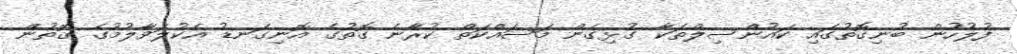
ފުލުހުން ބުނިގޮތުގައި ކައުންސިލްތަކާ ގުޅިގެން މަސައްކަތް ކުރާނެ ގޮތުގެ އޮނިގަނޑު އެކުލަވާލުމުގެ ގޮތުން